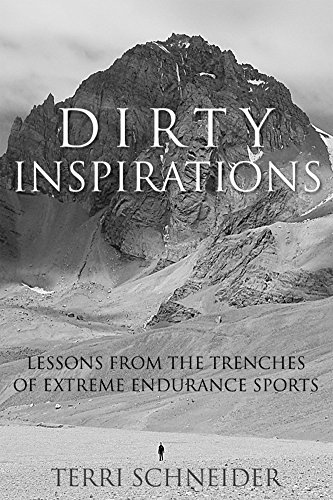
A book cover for Dirty Inspirations: Lessons from the Trenches of Extreme Endurance Sports; Terri Schneider; Sports & Outdoors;